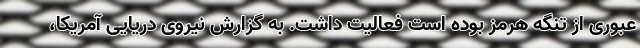
عبوری از تنگه هرمز بوده است فعالیت داشت. به گزارش نیروی دریایی آمریکا،